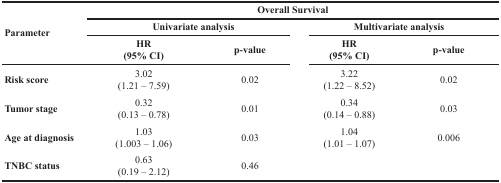
| <ROWSPAN=3> Parameter | <COLSPAN=4> Overall Survival |
 | <COLSPAN=2> Univariate analysis | <COLSPAN=2> Multivariate analysis |
 | HR (95% CI) | p-value | HR (95% CI) | p-value |
 | --- | --- | --- | --- | --- |
 | Risk score | 3.02(1.21 – 7.59) | 0.02 | 3.22(1.22 – 8.52) | 0.02 |
 | Tumor stage | 0.32(0.13 – 0.78) | 0.01 | 0.34(0.14 – 0.88) | 0.03 |
 | Age at diagnosis | 1.03(1.003 – 1.06) | 0.03 | 1.04(1.01 – 1.07) | 0.006 |
 | TNBC status | 0.63(0.19 – 2.12) | 0.46 |  |  |